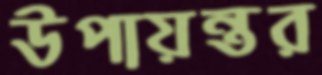
উপায়ন্তর